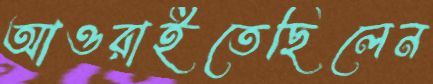
আওরাইতেছিলেন